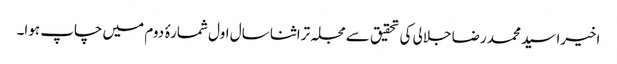
اخیرا سید محمد رضا جلالی کی تحقیق سے مجلہ تراثنا سال اول شمارۂ دوم میں چاپ ہوا۔